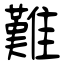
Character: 難